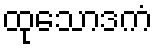
ထုသောဒကံ